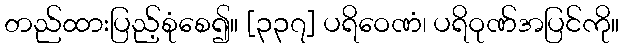
တည်ထားပြည့်စုံစေ၍။ [၃၃၇] ပရိဝေဏံ၊ ပရိဝုဏ်အပြင်ကို။